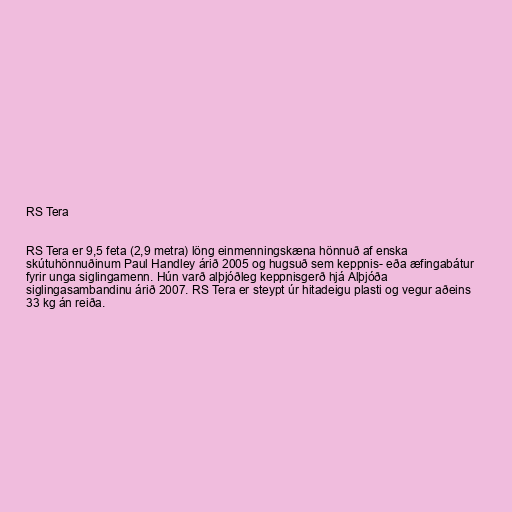
RS Tera

RS Tera er 9,5 feta (2,9 metra) löng einmenningskæna hönnuð af enska
skútuhönnuðinum Paul Handley árið 2005 og hugsuð sem keppnis- eða æfingabátur
fyrir unga siglingamenn. Hún varð alþjóðleg keppnisgerð hjá Alþjóða
siglingasambandinu árið 2007. RS Tera er steypt úr hitadeigu plasti og vegur aðeins
33 kg án reiða.